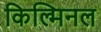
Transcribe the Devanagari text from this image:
किल्मिनल